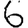
Digit: 6